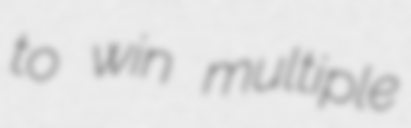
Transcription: to win multiple